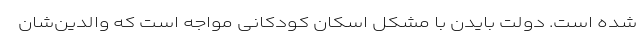
شده است. دولت بایدن با مشکل اسکان کودکانی مواجه است که والدین‌شان